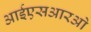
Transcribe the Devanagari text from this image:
आईएसआरओ